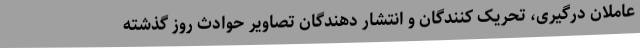
عاملان درگیری، تحریک کنندگان و انتشار دهندگان تصاویر حوادث روز گذشته